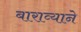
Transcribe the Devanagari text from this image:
बाराव्याने